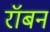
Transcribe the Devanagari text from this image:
रॉबन